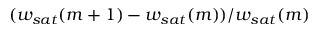
( w _ { s a t } ( m + 1 ) - w _ { s a t } ( m ) ) / w _ { s a t } ( m )